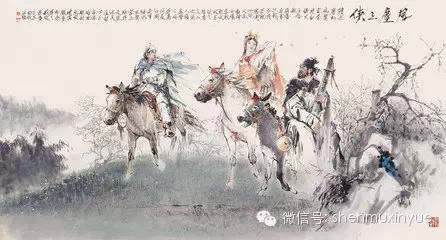
长杨跨武骑，细柳接戎轩。